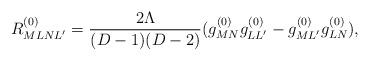
LaTeX: \begin{align*}R^{(0)}_{MLNL'} = \frac{2\Lambda}{(D-1)(D-2)}(g^{(0)}_{MN}g^{(0)}_{LL'} - g^{(0)}_{ML'}g^{(0)}_{LN}), \end{align*}